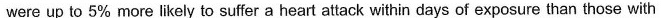
were up to 5% more likely to suffer a heart attack within days of exposure than those with